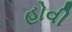
હોવી